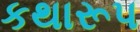
કથારૂપ